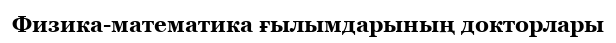
Физика-математика ғылымдарының докторлары